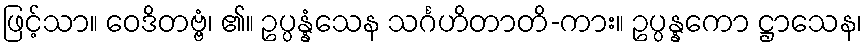
ဖြင့်သာ။ ဝေဒိတဗ္ဗံ၊ ၏။ ဥပ္ပန္နံသေန သင်္ဂဟိတာတိ-ကား။ ဥပ္ပန္နကော ဋ္ဌာသေန၊